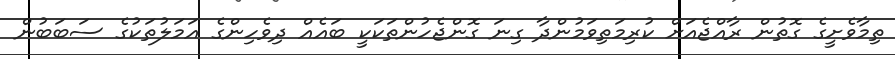
ތިމާވެށީގެ ގޮތުން ރާއްޖެއަށް ކުރިމަތިވަމުންދާ ގިނަ ގޮންޖެހުންތަކަކީ ބައެއް ދިވެހިންގެ އަމަލުތަކުގެ ސަބަބުން